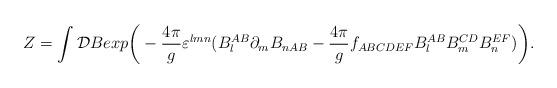
LaTeX: \begin{align*}Z=\int {\cal D}Bexp\bigg(-{\frac{4\pi }{g}}\varepsilon^{lmn}(B_{l}^{AB}\partial _{m}B_{nAB}-{\frac{4\pi }{g}}f_{ABCDEF}B_{l}^{AB}B_{m}^{CD}B_{n}^{EF})\bigg).\end{align*}